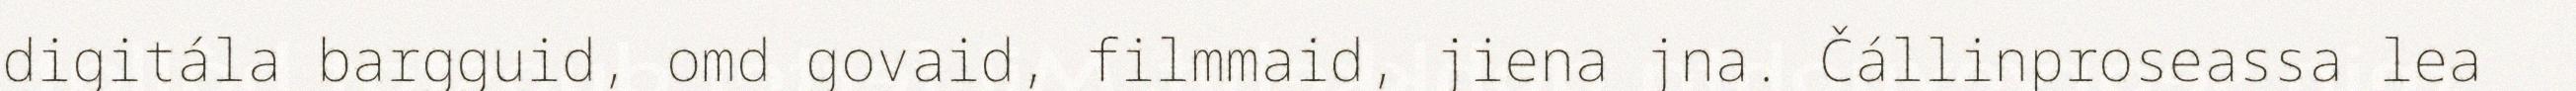
digitála bargguid, omd govaid, filmmaid, jiena jna. Čállinproseassa lea